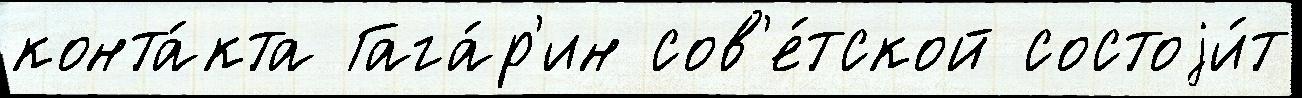
конта́кта Гага́р'ин сов'е́тской состоjи́т